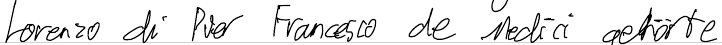
Lorenzo di Pier Francesco de Medici gehörte